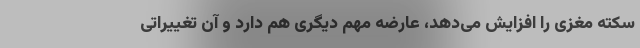
سکته مغزی را افزایش می‌دهد، عارضه مهم دیگری هم دارد و آن تغییراتی